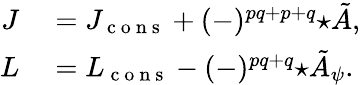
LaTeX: \begin{array}{rl}{J}&{{}=J_{\mathrm{~c~o~n~s~}}+(-)^{pq+p+q}{\star\tilde{A}},}\\ {L}&{{}=L_{\mathrm{~c~o~n~s~}}-(-)^{pq+q}{\star\tilde{A}_{\psi}}.}\end{array}